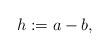
LaTeX: \begin{align*}h:=a-b, \end{align*}